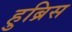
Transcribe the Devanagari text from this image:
हुब्रिस